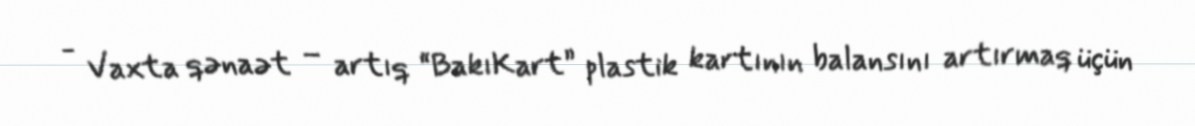
- Vaxta qənaət – artıq “BakıKart” plastik kartının balansını artırmaq üçün